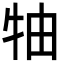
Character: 牰